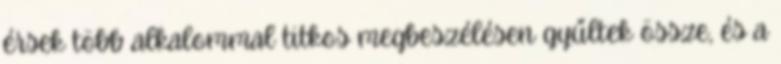
érsek több alkalommal titkos megbeszélésen gyűltek össze, és a